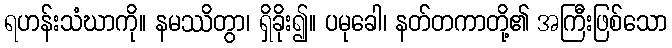
ရဟန်းသံဃာကို။ နမဿိတွာ၊ ရှိခိုး၍။ ပမုခေါ၊ နတ်တကာတို့၏ အကြီးဖြစ်သော